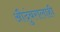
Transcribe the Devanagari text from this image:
औदुंबरालाही